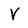
Character: V